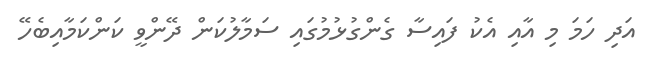
އަދި ހަމަ މި އާއި އެކު ފައިސާ ގެންގުޅުމުގައި ސަމާލުކަން ދޭންވީ ކަންކަމާއިބެހޭ